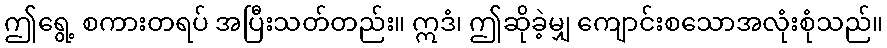
ဤရွေ့ စကားတရပ် အပြီးသတ်တည်း။ ဣဒံ၊ ဤဆိုခဲ့မျှ ကျောင်းစသောအလုံးစုံသည်။